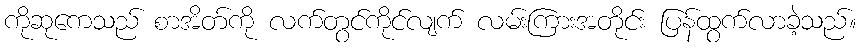
ကိုဆုကေသည် စာအိတ်ကို လက်တွင်ကိုင်လျက် လမ်းကြားအတိုင်း ပြန်ထွက်လာခဲ့သည်။